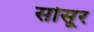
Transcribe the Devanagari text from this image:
सोसूर